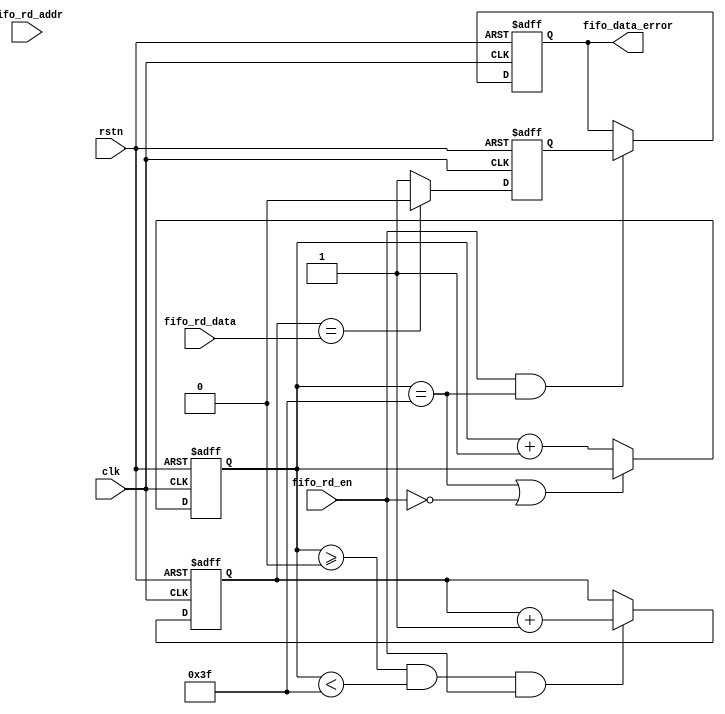
//===============================================
//
//	Version: v1.0
//
// 	This file is used to check data for FIFO.
//
//===============================================

module fifo_data_check
(
	input									clk,
	input									rstn,

	input									fifo_rd_en,
	input [ 4:0]					fifo_rd_addr,
	input	[ 7:0]					fifo_rd_data,

	output reg						fifo_data_error
);

// Counter for data
reg  [ 5:0]							fifo_rd_cnt;

// Data check
reg  [ 7:0]					fifo_data_temp;
`ifdef FPGA_FIFO
wire [ 7:0]					fifo_data_temp_d;
`endif
reg									fifo_data_error_temp;

// Data valid in 0~31
//assign fifo_rd_en = ((fifo_rd_cnt >= 6'd0) && (fifo_rd_cnt <= 6'd31) && rstn) ? 1'b1 : 1'b0;

// Read fifo in 0~31
always @(posedge clk or negedge rstn)
begin
	if(!rstn)
		fifo_rd_cnt <= 6'd0;
	else if((fifo_rd_cnt == 6'd63) || !fifo_rd_en)
		fifo_rd_cnt <= fifo_rd_cnt;
	else
		fifo_rd_cnt <= fifo_rd_cnt + 1'b1;
end

// fifo data for check
always @(posedge clk or negedge rstn)
begin
	if(!rstn)
		fifo_data_temp <= 8'd0;
	else if((fifo_rd_cnt >= 6'd0 && fifo_rd_cnt < 6'd63) && fifo_rd_en)
		fifo_data_temp <= fifo_data_temp + 1'b1;
	else
		fifo_data_temp <= fifo_data_temp;
end

`ifdef FPGA_FIFO
sync_ff 
#(
	8
)u_sync_ff_2d
(
	.clk								(clk),
	.rstn								(rstn),
	.A									(fifo_data_temp),
	.Y									(fifo_data_temp_d)
);
always @(posedge clk or negedge rstn)
begin
	if(!rstn)
		fifo_data_error_temp <= 1'b1;
	else if(fifo_data_temp_d == fifo_rd_data)
		fifo_data_error_temp <= 1'b0;
	else 
		fifo_data_error_temp <= 1'b1;
end
`else
always @(posedge clk or negedge rstn)
begin
	if(!rstn)
		fifo_data_error_temp <= 1'b1;
	else if(fifo_data_temp == fifo_rd_data)
		fifo_data_error_temp <= 1'b0;
	else 
		fifo_data_error_temp <= 1'b1;
end
`endif

always @(posedge clk or negedge rstn)
begin
	if(!rstn)
		fifo_data_error <= 1'b1;
	else if((fifo_rd_en == 1'b1) && (fifo_rd_cnt == 6'd63))
		fifo_data_error <= fifo_data_error_temp;
	else 
		fifo_data_error <= fifo_data_error;
end

endmodule